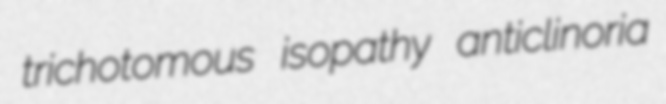
trichotomous isopathy anticlinoria